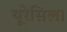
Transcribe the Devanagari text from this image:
यूरेसिल।